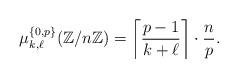
LaTeX: \begin{align*} \mu_{k, \ell}^{\{ 0, p \}}(\mathbb{Z}/n\mathbb{Z}) = \left\lceil \frac{p - 1}{k + \ell} \right\rceil \cdot \frac{n}{p}.\end{align*}